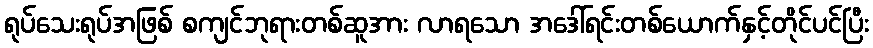
ရုပ်သေးရုပ်အဖြစ် စကျင်ဘုရားတစ်ဆူအား လာရသော အဒေါ်ရင်းတစ်ယောက်နှင့်တိုင်ပင်ပြီး